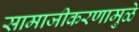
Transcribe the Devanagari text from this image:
सामाजीकरणामुळे